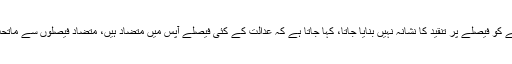
ان کا کہنا تھا کہ ہمارے معاشرے میں بابا رحمتے لوگوں کے تنازعات حل کرتا ہے، لیکن بابارحمتے کو فیصلے پر تنقید کا نشانہ نہیں بنایا جاتا، کہا جاتا ہے کہ عدالت کے کئی فیصلے آپس میں متضاد ہیں، متضاد فیصلوں سے ماتحت عدلیہ کومشکلات پیش آتی ہیں، وکلاء ایسے فیصلوں کی نشاندہی کریں تاکہ مسئلے کا حل ہوسکے۔